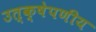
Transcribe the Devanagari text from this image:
उत्क्षेपणीय